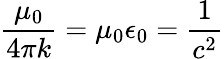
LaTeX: \frac{\mu_{0}}{4\pi k}=\mu_{0}\epsilon_{0}=\frac{1}{c^{2}}